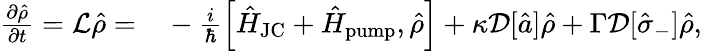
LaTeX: \begin{array}{rl}{\frac{\partial\hat{\rho}}{\partial t}=\mathcal{L}\hat{\rho}=}&{{}-\frac{i}{\hbar}\left[\hat{H}_{\mathrm{JC}}+\hat{H}_{\mathrm{pump}},\hat{\rho}\right]+\kappa\mathcal{D}[\hat{a}]\hat{\rho}+\Gamma\mathcal{D}[\hat{\sigma}_{-}]\hat{\rho},}\end{array}